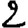
Digit: 2